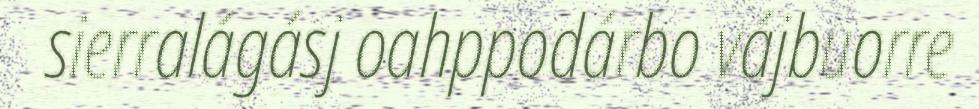
sierralágásj oahppodárbo vájbuorre